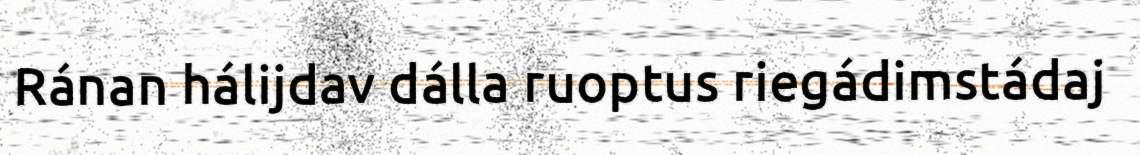
Ránan hálijdav dálla ruoptus riegádimstádaj